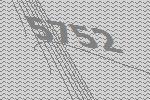
5752